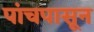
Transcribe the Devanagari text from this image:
पांचपासून